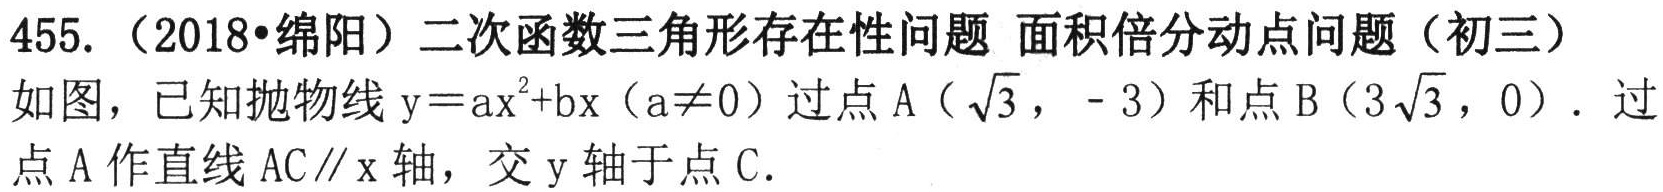
455.（2018•绵阳）二次函数三角形存在性问题 面积倍分动点问题（初三）
如图，已知抛物线\(y = ax^{2}+bx(a\neq0)\)过点\(A(\sqrt{3}, - 3)\)和点\(B(3\sqrt{3},0)\)．过
点\(A\)作直线\(AC\parallel x\)轴，交\(y\)轴于点\(C\)．